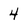
Character: 4